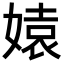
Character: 媴